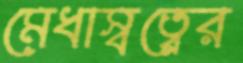
মেধাস্বত্বের